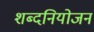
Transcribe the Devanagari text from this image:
शब्दनियोजन